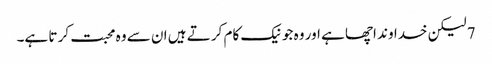
7 لیکن خدا وند اچھا ہے اور وہ جو نیک کام کر تے ہیں ان سے وہ محبت کر تا ہے۔